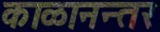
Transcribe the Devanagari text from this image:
काळानन्तर